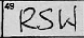
Transcription: RSW